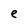
Character: e